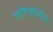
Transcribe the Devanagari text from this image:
शरीरयष्टीतील